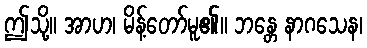
ဤသို့။ အာဟ၊ မိန့်တော်မူ၏။ ဘန္တေ နာဂသေန၊